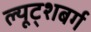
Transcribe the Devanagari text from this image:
ल्यूट्शबर्ग